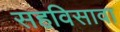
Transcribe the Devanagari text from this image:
सहविसावा